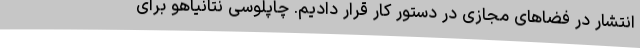
انتشار در فضاهای مجازی در دستور کار قرار دادیم. چاپلوسی نتانیاهو برای